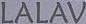
LALAV